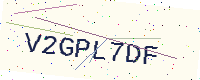
Text: V2GPL7DF